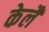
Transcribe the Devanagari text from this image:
केलै